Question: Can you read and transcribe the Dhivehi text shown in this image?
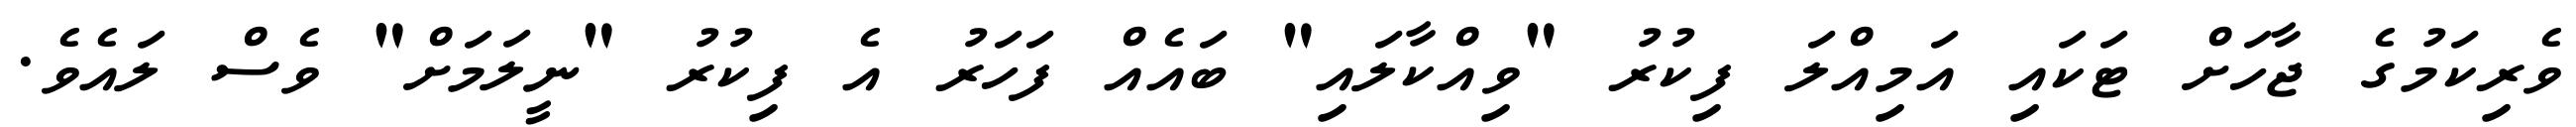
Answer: ވެރިކަމުގެ ޖާހަށް ޓަކައި އަމިއްލަ ފިކުރު "ވިއްކާލައި" ބައެއް ފަހަރު އެ ފިކުރު "ނީލަމަށް" ވެސް ލައެވެ.